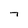
Character: 7